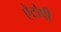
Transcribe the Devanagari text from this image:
ऐटोपी